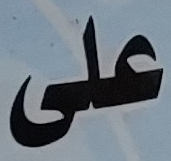
على